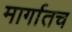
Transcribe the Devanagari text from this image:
मार्गातच